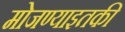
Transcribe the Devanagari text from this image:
मोजण्याइतकी